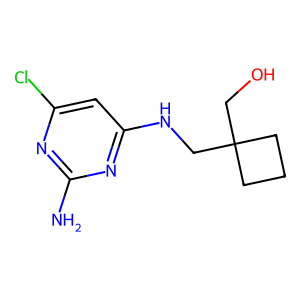
SMILES: Nc1nc(Cl)cc(NCC2(CO)CCC2)n1
Inhibits HIV replication: No